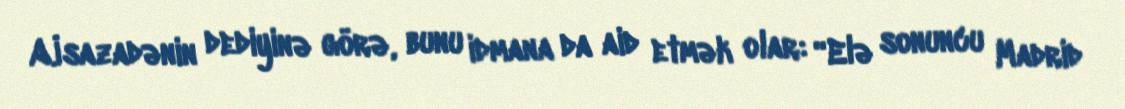
A.İsazadənin dediyinə görə, bunu idmana da aid etmək olar: “Elə sonuncu Madrid